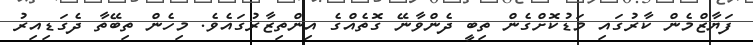
ފަޔާޒްމެން ކާރުގައި މަޑުކޮށްގެން ތިބީ ދެންވާނޭ ގޮތެއްގެ އިންތިޒާރުގައެވެ. މިހެން ތިބޭތާ ދެގަޑިއިރު